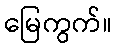
မြေကွက်။